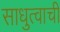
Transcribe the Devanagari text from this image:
साधुत्वाची